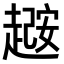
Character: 𫎼